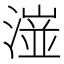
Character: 潂